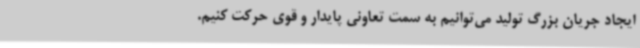
ایجاد جریان بزرگ تولید می‌توانیم به سمت تعاونی پایدار و قوی حرکت کنیم.